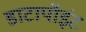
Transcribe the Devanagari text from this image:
डाटापॉइंट